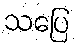
သပြေ